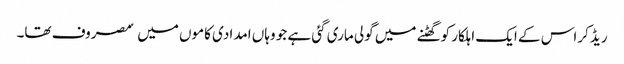
ریڈ کراس کے ایک اہلکار کو گھٹنے میں گولی ماری گئی ہے جو وہاں امدادی کاموں میں ٘مصروف تھا۔